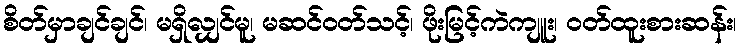
စိတ်မှာချင်ချင်၊ မရှိလျှင်မူ၊ မဆင်ဝတ်သင့်၊ ဖိုးမြင့်ကဲကျူး၊ ဝတ်ထူးစားဆန်း၊